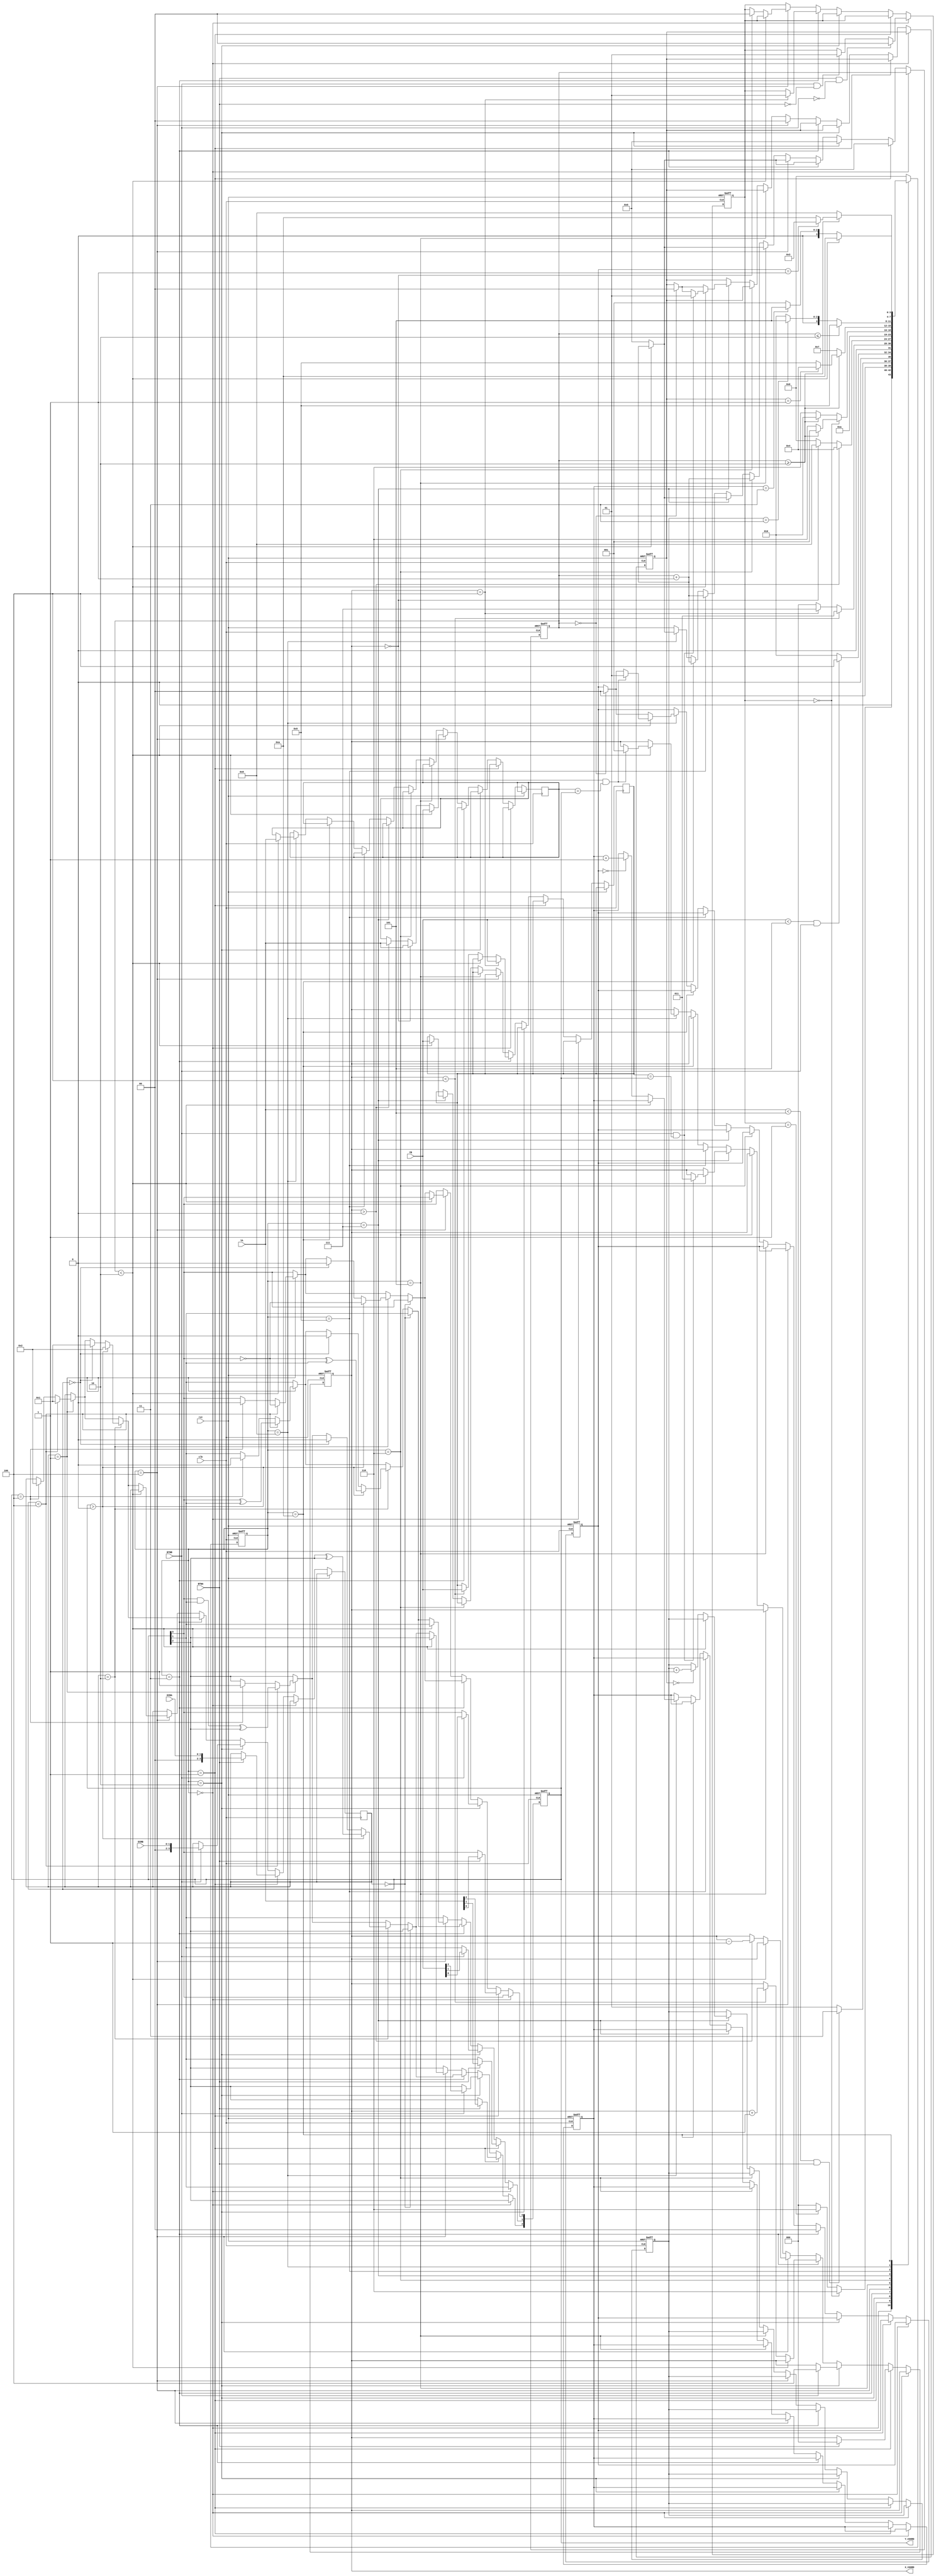
module hockey(

    input clk,
    input rst,
    
    input BTNA,
    input BTNB,
    
    input [1:0] DIRA,
    input [1:0] DIRB,
    
    input [2:0] YA,
    input [2:0] YB,
   
    /*output reg LEDA,
    output reg LEDB,
    output reg [4:0] LEDX,
    
    output reg [6:0] SSD7,
    output reg [6:0] SSD6,
    output reg [6:0] SSD5,
    output reg [6:0] SSD4, 
    output reg [6:0] SSD3,
    output reg [6:0] SSD2,
    output reg [6:0] SSD1,
    output reg [6:0] SSD0   */
	
	output reg [2:0] X_COORD,
	output reg [2:0] Y_COORD
    );

    reg [3:0] cstate; //current state
    reg [3:0] nstate; //next state

    parameter [7:0] s0 = 8'b00000000; //IDLE
    parameter [7:0] s1 = 8'b00000001; //BTN_A == 1
    parameter [7:0] s2 = 8'b00000010; //BTN_B == 1
    parameter [7:0] s3 = 8'b00000011; //send to B from A //no timer
    parameter [7:0] s4 = 8'b00000100; //send to A from B //no timer
    parameter [7:0] s5 = 8'b00000101; // win state stays here forever until rst = 1
    parameter [7:0] s6 = 8'b00000110; // Display
    parameter [7:0] s7 = 8'b00000111; // respond B
    parameter [7:0] s8 = 8'b00001000; // respond A
    parameter [7:0] s9 = 8'b00001001; // goal_B
    parameter [7:0] s10 = 8'b00001010; // goal_A

   



    
    //else yaz
    //ID: 29015 / 27968;

    reg btn_A;
    reg btn_B;

    reg x1;
    reg [3:0] y1;

    reg [2:0] guess_y_A;
    reg [2:0] guess_y_B;
    reg [1:0] turn; // 0 = A , 1 = B, 2 = standby
    reg [1:0] score_A;
    reg [1:0] score_B;
    reg [1:0] win;
    reg [7:0] timer;
    reg[1:0] correct_guess_B;
    reg[1:0] correct_guess_A;
    reg [7:0] waittime = 8'd2;





    always @(posedge clk or posedge rst)
    begin
        
    
        if(rst == 1)begin
            cstate <= s0;
            X_COORD <= 3'b000;
            Y_COORD <= 3'b000;
            score_A <= 2'b00;
            score_B <= 2'b00;
            //btn_A <= 1'b0;
            //btn_B <= 1'b0;
            //win <= 0;
            timer <= 0;
            correct_guess_B <= 0;
            correct_guess_A <= 0;
            turn <= 2;
        end
        else begin
            cstate <= nstate;
       

        if(cstate == s0)begin
            if(BTNA == 1 && BTNB == 0)begin
                turn <= 0;
            end

            else if(BTNB == 1 && BTNA == 0)begin
                turn <= 1;
            end

        end

        else if(cstate == s1)begin
            timer <= 0;
            if(BTNA == 1)begin
            Y_COORD <= YA;
            y1 <= DIRA;
            //btn_A <= 1;
            X_COORD <= 0;
            end
            
            

        
            
        end
        else if(cstate == s2)begin
            timer <= 0;

            
            if(BTNB == 1) begin
            Y_COORD <= YB;
            y1 <= DIRB;
            //btn_B <= 1;
            X_COORD <= 4;
            end
           
            
        end
        
        else if(cstate == s3)begin
            
            //win state check code from here
            /*if( score_B >= 3)begin
                win <= win + 1;
            end
            if( score_A >= 3)begin
                win <= win + 1;
            end*/
            //to here

            correct_guess_A <= 0;

            if(timer < waittime)begin
                
                timer <= timer + 1;
            end
            else begin

                timer <= 0;
                if(X_COORD < 3'b100)begin
                    X_COORD <= X_COORD + 1;
                    guess_y_B <= YB;
                    /*if(BTNB == 1)begin
                    btn_B <= 1;*/
                end
                
            end
            if(X_COORD == 3'b100)begin
                guess_y_B <= YB;
                turn <= 1;
                /*if(BTNB == 1)begin
                    btn_B <= 1;
                end
                if(BTNB == 0)begin
                    btn_B <= 0;
                end*/
                
                /*if((guess_y_B != Y_COORD) | (btn_B == 0))begin
                    score_A <= score_A + 1;
                end
                if((guess_y_B == Y_COORD) | (btn_B == 0))begin
                    Y_COORD <= Y_COORD;
                end*/

            end

                if ( y1 == 2'd1)begin 
                    if (Y_COORD < 3'b100)begin
                        Y_COORD[0] <= 1 ^ Y_COORD[0];
                        Y_COORD[1] <= Y_COORD[0] ^ Y_COORD[1];
                        Y_COORD[2] <= ((Y_COORD[0] & Y_COORD[1]) ^ Y_COORD[2]);
                        y1 <= 2'd1; 
                        end
                    else if(Y_COORD == 3'b100)begin
                        y1 <= 2'd2;
                        Y_COORD <= 3'b100;
                        end
                end
                if (y1 == 2'd2)begin
                    if ( Y_COORD > 3'b000)begin

                                Y_COORD[0] <= (1 ^ Y_COORD[0]);
                                Y_COORD[1] <= ((~Y_COORD[0]) ^ Y_COORD[1] );
                                Y_COORD[2] <= Y_COORD[2] ^ Y_COORD[2];
                                y1 <= 2'd2;
                            end
                    else if (Y_COORD == 3'b000 )begin
                            y1 <= 2'd1;
                            Y_COORD <= 3'b000;
                        end
                end
                if (y1 == 2'd0)begin
                    Y_COORD <= Y_COORD;
                end
            end


        else if(cstate == s4)begin
            
            //win state check code from here
           /* if( score_B >= 3)begin
                win <= win + 1;
            end
            if( score_A >= 3)begin
                win <= win + 1;
            end*/
            //to here

            correct_guess_B <= 0;


            if(timer < waittime)begin
                timer <= timer + 1;
            end
            
            else begin
                timer <= 0;
                if(X_COORD > 3'b000)begin
                    X_COORD <= (X_COORD - 1);
                    guess_y_A <= YA;
                    /*if(BTNA == 1)begin
                        btn_A <= 1;
                    end
                    if(BTNA == 0)begin
                        btn_A <= 0;
                    end*/
                end

                if(X_COORD == 3'b000)begin
                    guess_y_A <= YA;
                    turn <= 0;
                    /*if(BTNA == 1)begin
                        btn_A <= 1;
                    end
                    if(BTNA == 0)begin
                        btn_A <= 0;
                    end*/
                    
                    /*if((guess_y_A != Y_COORD) | (btn_A == 0))begin
                        score_B <= score_B + 1;
                    end
                    if((guess_y_A == Y_COORD) | (btn_A == 0))begin
                        Y_COORD <= Y_COORD;
                    end*/
                
                end
            
                if ( y1 == 2'd1)begin 
                    if (Y_COORD < 3'b100)begin
                        Y_COORD[0] <= 1 ^ Y_COORD[0];
                        Y_COORD[1] <= Y_COORD[0] ^ Y_COORD[1];
                        Y_COORD[2] <= ((Y_COORD[0] & Y_COORD[1]) ^ Y_COORD[2]);
                        y1 <= 2'd1; 
                        end
                    else if(Y_COORD == 3'b100)begin
                        y1 <= 2'd2;
                        Y_COORD <= 3'b100;
                        end
                end
           
                if (y1 == 2'd2)begin
                    if ( Y_COORD > 3'b000)begin                
                            Y_COORD[0] <= (1 ^ Y_COORD[0]);
                            Y_COORD[1] <= ((~Y_COORD[0]) ^ Y_COORD[1] );
                            Y_COORD[2] <= Y_COORD[2] ^ Y_COORD[2];
                            y1 <= 2'd2;
                        end
                else if (Y_COORD == 3'b000 )begin
                        y1 <= 2'd1;
                        Y_COORD <= 3'b000;
                    end
            end
            
                if (y1 == 2'd0)begin
                    Y_COORD <= Y_COORD;
                end
            end
        end

        else if (cstate == s5) begin
            if (timer < waittime) begin
                timer <= timer + 1;

            end
            else begin
                timer <= 0;
            end

        end

        else if( cstate == s6)begin
            timer <= timer + 1;
        end

        
        else if( cstate == s7)begin
            if (timer == 0) begin
                correct_guess_B <= 0;
            end
            if(timer < waittime )begin
        
                /*if(BTNA == 1)begin
                    guess_y_B <= YB;
                end*/

                guess_y_B <= YB;

                if (BTNB == 1 && guess_y_B == Y_COORD)begin
                    
                    correct_guess_B <= 1;
                    X_COORD <= 3;
                end

                timer <= timer + 1;
            end

            else begin
                if (correct_guess_B == 0) begin
                    score_A <= score_A + 1;
                end
                timer <= 0;
            end
                
        end

        else if( cstate == s9)begin
            timer <= timer + 1;
        end
        else if( cstate == s10)begin
            timer <= timer + 1;
        end
        
        else if( cstate == s8)begin
            if (timer == 0) begin
                correct_guess_A <= 0;
            end
            if(timer < waittime )begin
                
                guess_y_A <= YA;
                
                if (BTNA == 1 && guess_y_A == Y_COORD)begin
                    correct_guess_A <= 1;
                    X_COORD <= 1;
                end

                timer <= timer + 1;

            end

            else begin
                if (correct_guess_A == 0) begin
                    score_B <= score_B + 1;
                end
                
                timer <= 0;
            end
        end
                
        
    end

    
    

       
    end




    always @(*)
    begin

        case(cstate)

            s0:
            begin


                if(turn == 0)begin
                    nstate = s6;
                end

                else if(turn == 1)begin
                    nstate = s6;
                end
                else if(turn == 2) begin
                    nstate = s0;
                end
                else if(turn == 2) begin
                    nstate = s0;
                end

                else begin
                    nstate = s0;
                end
                
            end


            
            s1:
            begin
                    if((YA < 3'b101 ) && (BTNA == 1'b1))begin
                        nstate = s3;
                        //y1 = DIRA;
                    end
                    else begin
                        nstate = s1;
                    end

                    
            end

            s2:
            begin
                    if( (YB < 5 ) && (BTNB == 1'b1))begin
                        nstate = s4;
                        //y1 = DIRB;
                        
                    end
                    else begin
                        nstate = s2;
                    end
            end

            s3:
            begin    

                    if (X_COORD < 3'b100)begin
                        nstate = s3;
                        //#5; //speed of the puck
                    end
                    else if(X_COORD == 3'b100)begin
                        nstate = s7;
                    end
                    else begin
                        nstate = s0;
                    end
                    
                    /*if(win >= 1)begin
                        nstate = s5;
                    end*/
            end

            s4:
            begin
                
                    if (X_COORD > 3'b000)begin
                        nstate = s4;
                        //#5; //speed of the puck
                    end
                    else if(X_COORD == 3'b000)begin
                        nstate = s8; //s1
                    end
                    else begin
                        nstate = s0;
                    end
                    
                    /*if(win >= 1)begin
                        nstate = s5;
                    end*/
            end

            s5:
            begin
                // win state stays here forever until rst = 1;
                nstate = s5;
            end

            s6: // DISP
            begin
            
                if(turn == 0)begin
                    if (timer >= waittime) begin
                    nstate = s1;
                    //turn = 0;
                    end

                    else begin
                        nstate = s6;
                    end

                    
                end

                else begin
                    if (timer >= waittime)begin
                    nstate = s2;
                    //turn = 1;
                    end

                    else begin
                        nstate = s6;
                    end


                end
            end
            s7:
            begin
                
                if(timer >= waittime)begin
                    if(correct_guess_B == 1 ) begin
                        nstate = s4;
                    end

                    else begin
                        nstate = s9;
                    end
                end
                else begin
                    nstate <= s7;
                end

            end

            s9:
            begin
                if(timer <= waittime)begin
                    nstate = s9;
                end
                else begin
                    if(score_A == 3)begin
                    nstate = s5;
                    end
                    else begin
                        nstate = s2;
                    end
                end
            end

            s8:
            begin

                if(timer >= waittime)begin
                    if(correct_guess_A == 1 ) begin
                        nstate = s3;
                    end

                    else begin
                        nstate = s10;
                    end
                end
                else begin
                    nstate = s8;
                end

            end

            s10:
            begin
                if(timer < waittime)begin
                    nstate = s10;
                end
                else begin
                    if(score_B == 3)begin
                    nstate = s5;
                    end
                    else begin
                        nstate = s1;
                    end
                end
            end

            default: nstate = s0;
            

        endcase
    
    end




endmodule